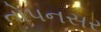
તોપનસર